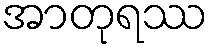
အာတုရဿ